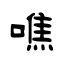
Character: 噍